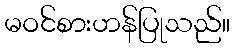
မဝင်စားဟန်ပြုသည်။